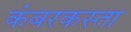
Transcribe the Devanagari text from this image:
कंबरकस्ता